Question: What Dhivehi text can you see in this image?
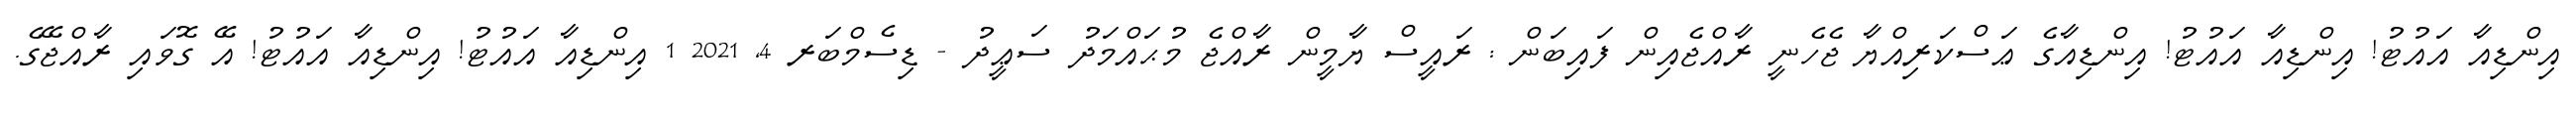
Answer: އިންޑިއާ އައުޓު! އިންޑިއާ އައުޓު! އިންޑިއާގެ ޢަސްކަރިއްޔާ ޖެހެނީ ރާއްޖެއިން ފައިބަން : ރައީސް ޔާމީން ރާއްޖެ މުޙައްމަދު ސަޢީދު - ޑިސެމްބަރ 4, 2021 1 އިންޑިއާ އައުޓު! އިންޑިއާ އައުޓު! އޭ ގޮވައި ރާއްޖޭގެ.